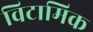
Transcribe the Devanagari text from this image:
विटामिक